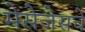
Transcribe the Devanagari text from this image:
मेसेजेसचे